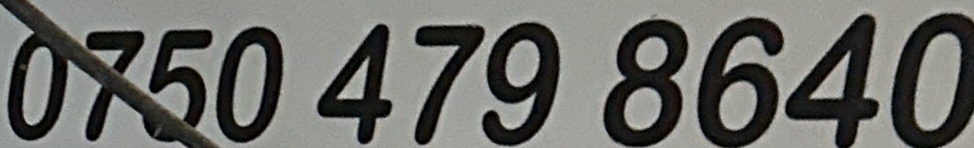
0750 479 8640